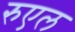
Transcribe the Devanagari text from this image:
रुएल